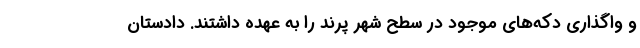
و واگذاری دکه‌های موجود در سطح شهر پرند را به عهده داشتند. دادستان